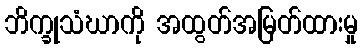
ဘိက္ခုသံဃာကို အထွတ်အမြတ်ထားမှု